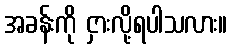
အခန်းကို ငှားလို့ရပါသလား။